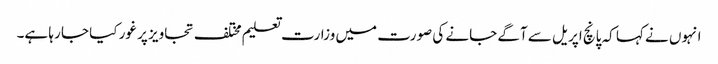
انہوں نے کہا کہ پانچ اپریل سے آگے جانے کی صورت میں وزارت تعلیم مختلف تجاویز پر غور کیا جا رہا ہے۔